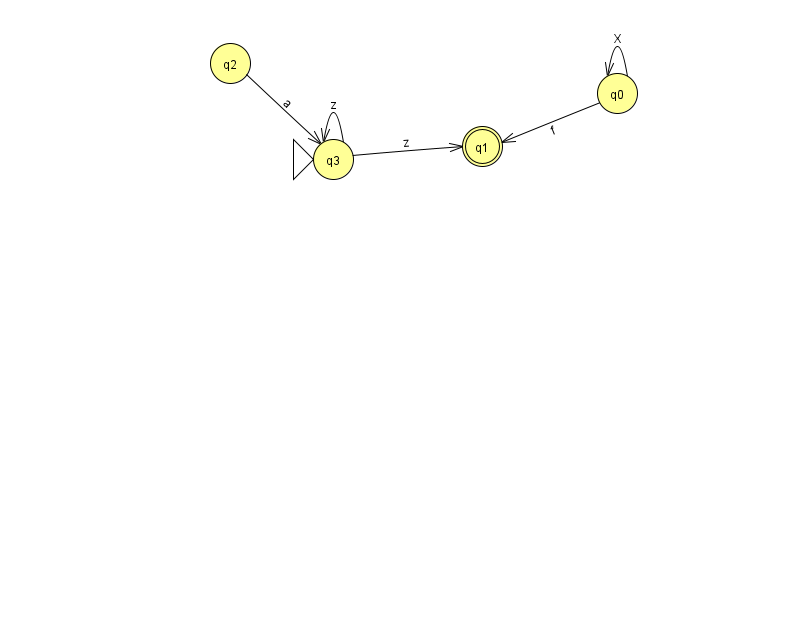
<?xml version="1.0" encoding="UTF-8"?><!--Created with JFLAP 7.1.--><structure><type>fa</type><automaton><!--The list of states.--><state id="0" name="q0"><x>617.0</x><y>80.0</y></state><state id="1" name="q1"><x>482.0</x><y>133.0</y><final/></state><state id="2" name="q2"><x>230.0</x><y>50.0</y></state><state id="3" name="q3"><x>333.0</x><y>146.0</y><initial/></state><!--The list of transitions.--><transition><from>0</from><to>0</to><read>X</read></transition><transition><from>0</from><to>1</to><read>f</read></transition><transition><from>2</from><to>3</to><read>a</read></transition><transition><from>3</from><to>1</to><read>z</read></transition><transition><from>3</from><to>3</to><read>z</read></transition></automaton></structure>